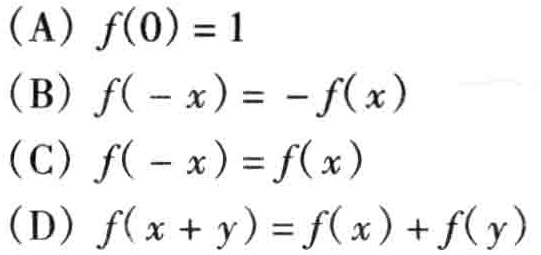
(A) \(f(0)=1\)
(B) \(f(-x)=-f(x)\)
(C) \(f(-x)=f(x)\)
(D) \(f(x + y)=f(x)+f(y)\)